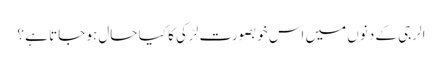
الرجی کے دنوں میں اس خوبصورت لڑکی کا کیا حال ہو جاتا ہے ؟